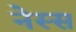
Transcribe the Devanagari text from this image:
नेस्स